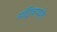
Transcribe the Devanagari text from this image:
मॉट्रिकपर्यंत